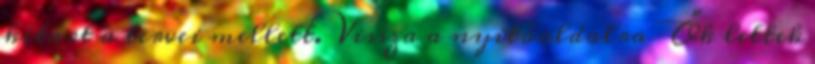
kitart a tervei mellett. Vissza a nyitóoldalra Ők lettek